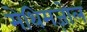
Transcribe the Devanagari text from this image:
मेथिमज़ोल